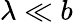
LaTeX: \lambda\ll b